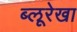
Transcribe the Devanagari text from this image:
ब्लूरेखा